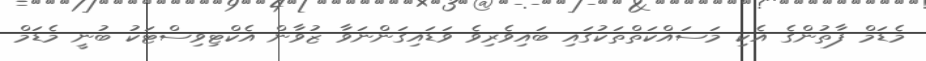
މެޑަމް ފާތުންގެ އެކި މަސައްކަތްތަކުގައި ބައިވެރިވެ ވަޑައިގަންނަވާ ޒުވާން އެކްޓިވިސްޓަކު ބުނީ މެޑަމް